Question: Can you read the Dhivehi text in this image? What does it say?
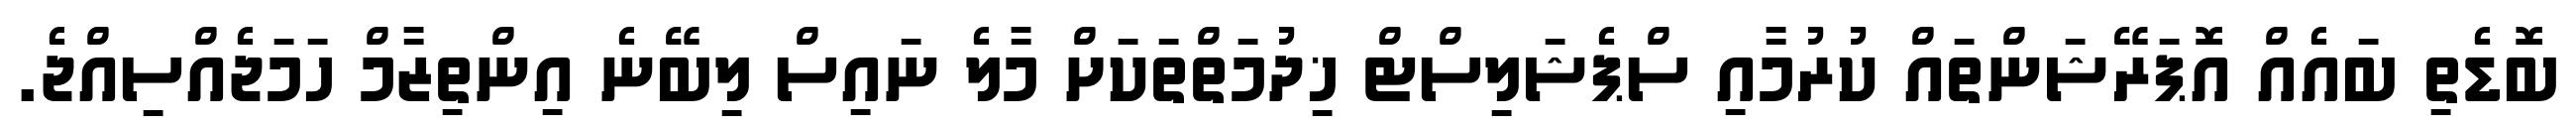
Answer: ބޮޑެތި ބައެއް އޮޕަރޭޝަންތައް ކުރުމާއި ސްޕެޝަލިސްޓް ޚިދުމަތްތަކަށް މާލެ ނައިސް ލިބޭނެ އިންތިޒާމް ހަމަޖެއްސިއްޖެ.